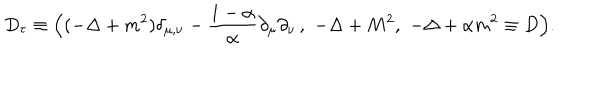
D _ { \tau } \equiv \Bigl ( ( - \Delta + m ^ { 2 } ) \delta _ { \mu , \nu } - \frac { 1 - \alpha } { \alpha } \partial _ { \mu } \partial _ { \nu } \, , \, \, - \Delta + M ^ { 2 } , \, \, - \Delta + \alpha m ^ { 2 } \equiv D \Bigr ) .